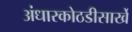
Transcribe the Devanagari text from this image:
अंधारकोठडीसार्खे